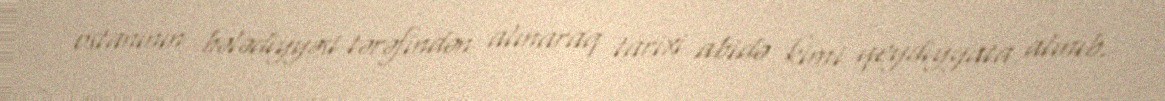
ostanının bələdiyyəsi tərəfindən alınaraq tarixi abidə kimi qeydiyyata alınıb.